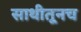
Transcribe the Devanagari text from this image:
साथीतूनच